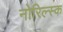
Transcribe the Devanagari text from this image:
नोरिल्स्क